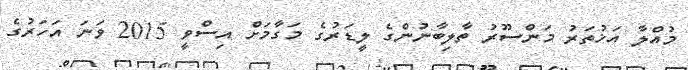
މުއްލާ އަޚުތަރު މަންސޫރު ތާލިބާނުންގެ ލީޑަރުގެ މަގާމަށް އިސްވީ 2015 ވަނަ އަހަރުގެ